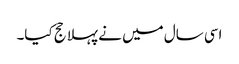
اسی سال میں نے پہلا حج کیا۔